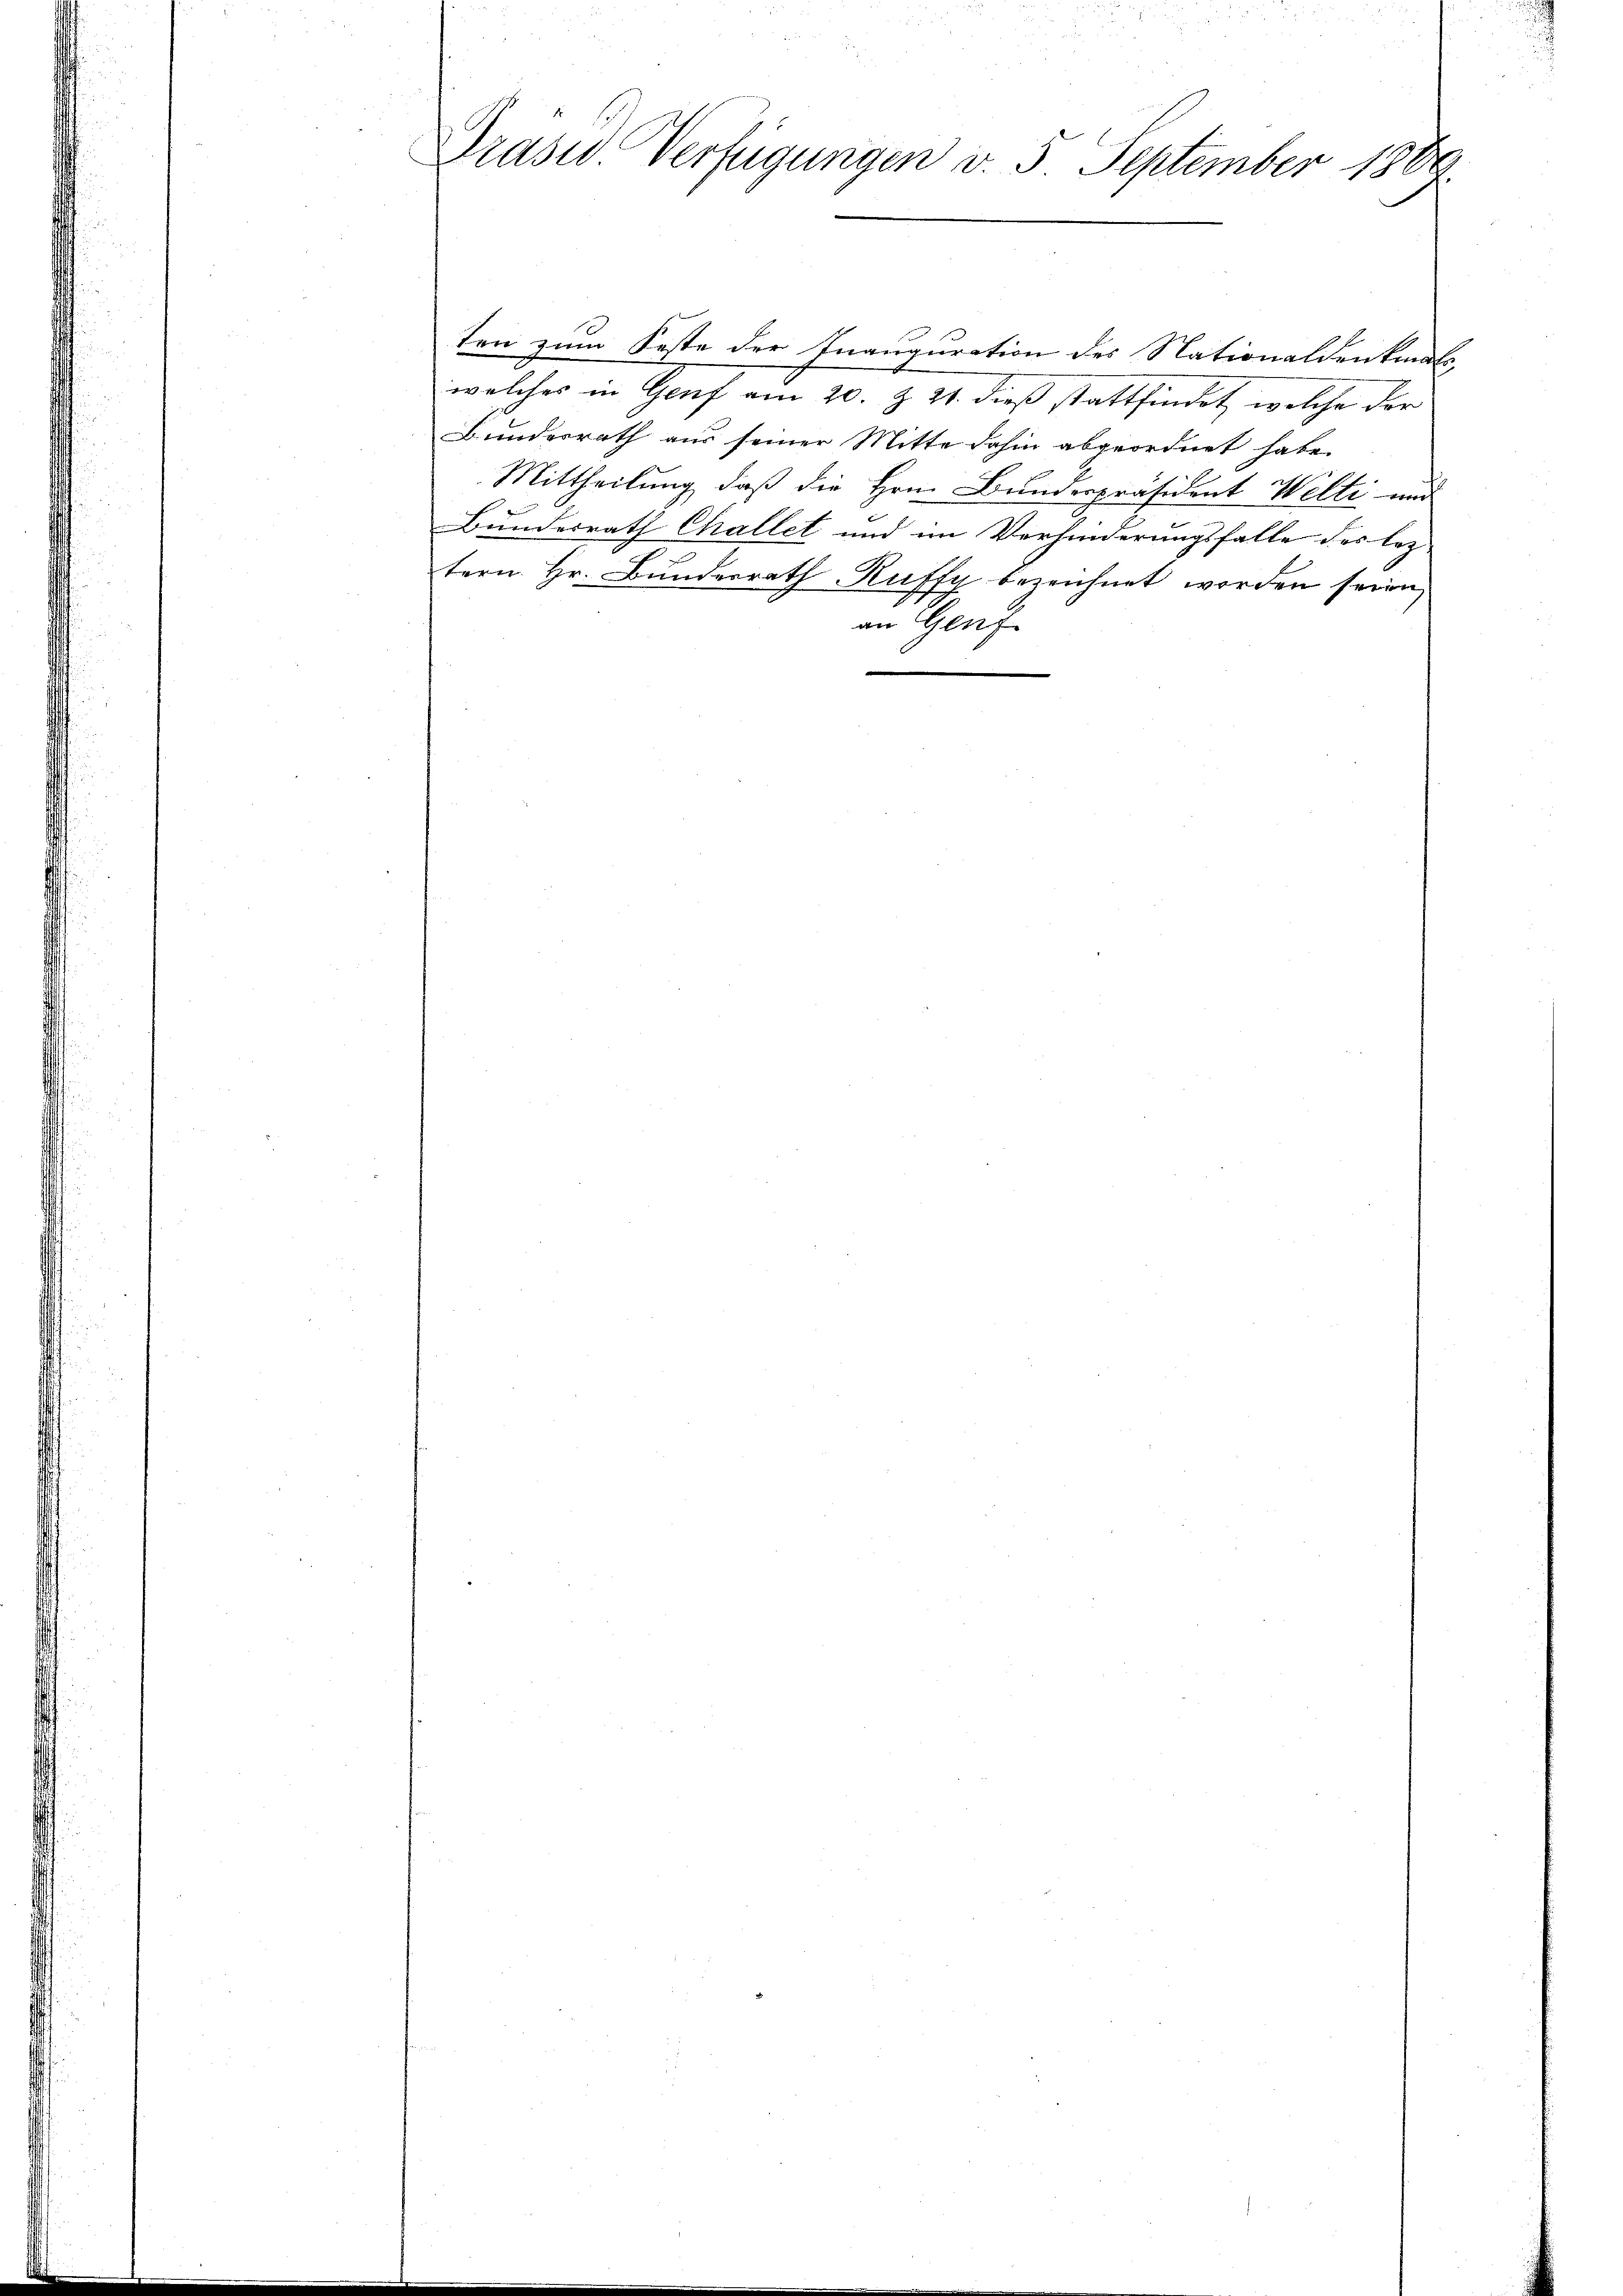
Graser Verfügungen v. 5. September 1889.

ten zum Feste der Inauguration des Nationaldenkmals
welches in Genf am 20. Z. 21. dieß stattfindet, welche der
Bundesrath aus seiner Mitte dahin abgeordnet habe.
Mittheilung, daß die Hrn. Bundespräsident Welti und
Bundesrath Challet und im Verhinderungsfalle des lez
tern Hr. Bundesrath Ruffy bezeichnet worden seien,
an Genf